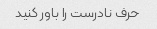
حرف نادرست را باور کنید